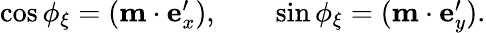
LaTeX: \begin{array}{r}{\cos\phi_{\xi}=(\boldsymbol{\mathrm{m}}\cdot\boldsymbol{\mathrm{e}}_{x}^{\prime}),\qquad\sin\phi_{\xi}=(\boldsymbol{\mathrm{m}}\cdot\boldsymbol{\mathrm{e}}_{y}^{\prime}).}\end{array}